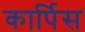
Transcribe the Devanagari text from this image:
कार्पिस